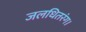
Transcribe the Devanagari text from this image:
जलधितरंग।